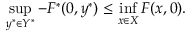
\operatorname* { s u p } _ { y ^ { * } \in Y ^ { * } } - F ^ { * } ( 0 , y ^ { * } ) \leq \operatorname* { i n f } _ { x \in X } F ( x , 0 ) .